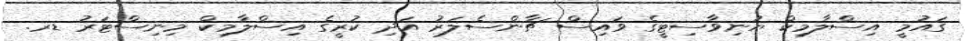
ގައުމީ އިސްލާމިކް ޔުނިވާސިޓީގެ ވައިސް ޗާންސެލަރު އަދި ކުރީގެ އިސްލާމިކް މިނިސްޓަރު ޑރ.